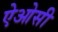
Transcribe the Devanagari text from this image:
ऐओसी